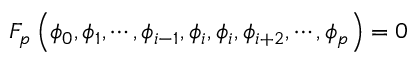
F _ { p } \left( \phi _ { 0 } , \phi _ { 1 } , \cdots , \phi _ { i - 1 } , \phi _ { i } , \phi _ { i } , \phi _ { i + 2 } , \cdots , \phi _ { p } \right) = 0